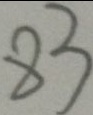
8 3